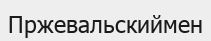
Пржевальскиймен